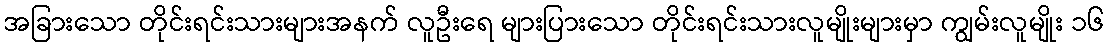
အခြားသော တိုင်းရင်းသားများအနက် လူဦးရေ များပြားသော တိုင်းရင်းသားလူမျိုးများမှာ ကျွမ်းလူမျိုး ၁၆